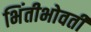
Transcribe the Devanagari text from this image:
भिंतीभोवती